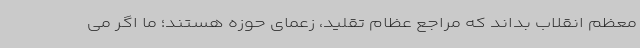
معظم انقلاب بداند که مراجع عظام تقلید، زعمای حوزه هستند؛ ما اگر می